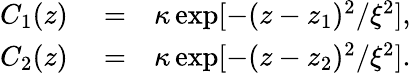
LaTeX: \begin{array}{r}{\begin{array}{rlr}{C_{1}(z)}&{{}=}&{\kappa\exp[-(z-z_{1})^{2}/\xi^{2}],}\\ {C_{2}(z)}&{{}=}&{\kappa\exp[-(z-z_{2})^{2}/\xi^{2}].}\end{array}}\end{array}